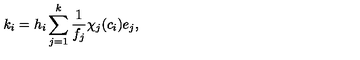
k _ { i } = h _ { i } \sum _ { j = 1 } ^ { k } \frac { 1 } { f _ { j } } \chi _ { j } ( c _ { i } ) e _ { j } ,